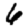
Digit: 6